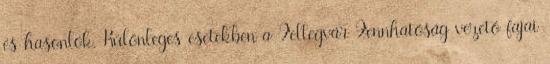
és hasonlók. Különleges esetekben a Fellegvár Fennhatóság vezető fajai